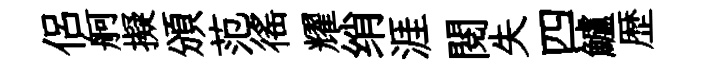
侶舸擬頒范徭耀绡涯閱失四鱸歴